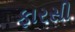
ફારસી